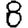
Digit: 8